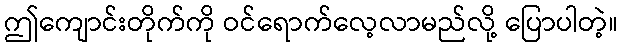
ဤကျောင်းတိုက်ကို ဝင်ရောက်လေ့လာမည်လို့ ပြောပါတဲ့။